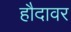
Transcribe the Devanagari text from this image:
हौदावर